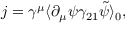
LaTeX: j = \gamma ^ { \mu } \langle \partial _ { \mu } \psi \gamma _ { 2 1 } \tilde { \psi } \rangle _ { 0 } ,